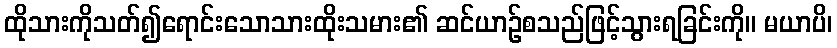
ထိုသားကိုသတ်၍ရောင်းသောသားထိုးသမား၏ ဆင်ယာဉ်စသည်ဖြင့်သွားရခြင်းကို။ မယာပိ၊